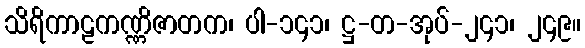
သိရိကာဠကဏ္ဏိဇာတက၊ ပါ-၁၄၁၊ ဋ္ဌ-တ-အုပ်-၂၄၁၊ ၂၄၉။